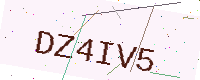
Text: DZ4IV5